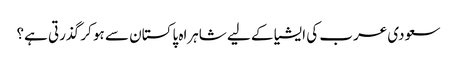
سعودی عرب کی ایشیا کے لیے شاہراہ پاکستان سے ہو کر گذرتی ہے؟